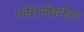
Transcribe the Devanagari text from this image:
फोरार्लबर्गला